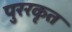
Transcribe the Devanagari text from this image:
पुररकृत